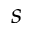
s